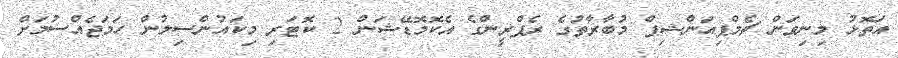
އަތޮޅު މިނިވަން ޗެމްޕިއަންޝިޕް މުބާރާތުގެ ރެފްރީންގެ އެކޮމޮޑޭޝަން 2 ކޮޓަރި މިކައުންސިލުން ހަމަޖެއްސުމަށް